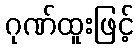
ဂုဏ်ထူးဖြင့်